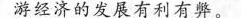
游经济的发展有利有弊。